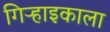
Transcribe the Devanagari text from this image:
गिऱ्हाइकाला